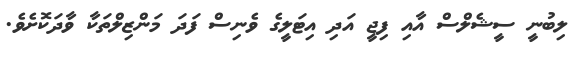
ލިބުނީ ސީޝެލްސް އާއި ފިޖީ އަދި އިޓަލީގެ ވެނިސް ފަދަ މަންޒިލްތަކާ ވާދަކޮށެވެ.